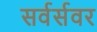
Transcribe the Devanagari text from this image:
सर्वर्सवर